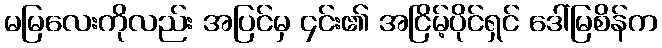
မမြလေးကိုလည်း အပြင်မှ ၄င်း၏ အငြိမ့်ပိုင်ရှင် ဒေါ်မြစိန်က